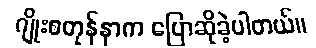
ဂျိုးစတုန်နာက ပြောဆိုခဲ့ပါတယ်။